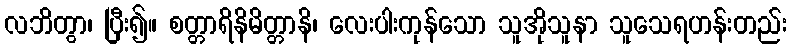
လဘိတွာ၊ ပြီး၍။ စတ္တာရိနိမိတ္တာနိ၊ လေးပါးကုန်သော သူအိုသူနာ သူသေရဟန်းတည်း